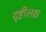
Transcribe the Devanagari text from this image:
दृष्टीलक्ष